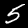
Label: 5